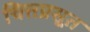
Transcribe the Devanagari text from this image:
चित्तप्रसूत